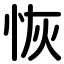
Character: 恢